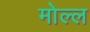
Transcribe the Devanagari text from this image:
मोल्ल